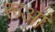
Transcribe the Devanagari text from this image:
रूआं